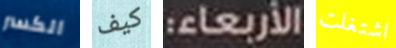
الكسر كيف الأربعاء: اشتغلت